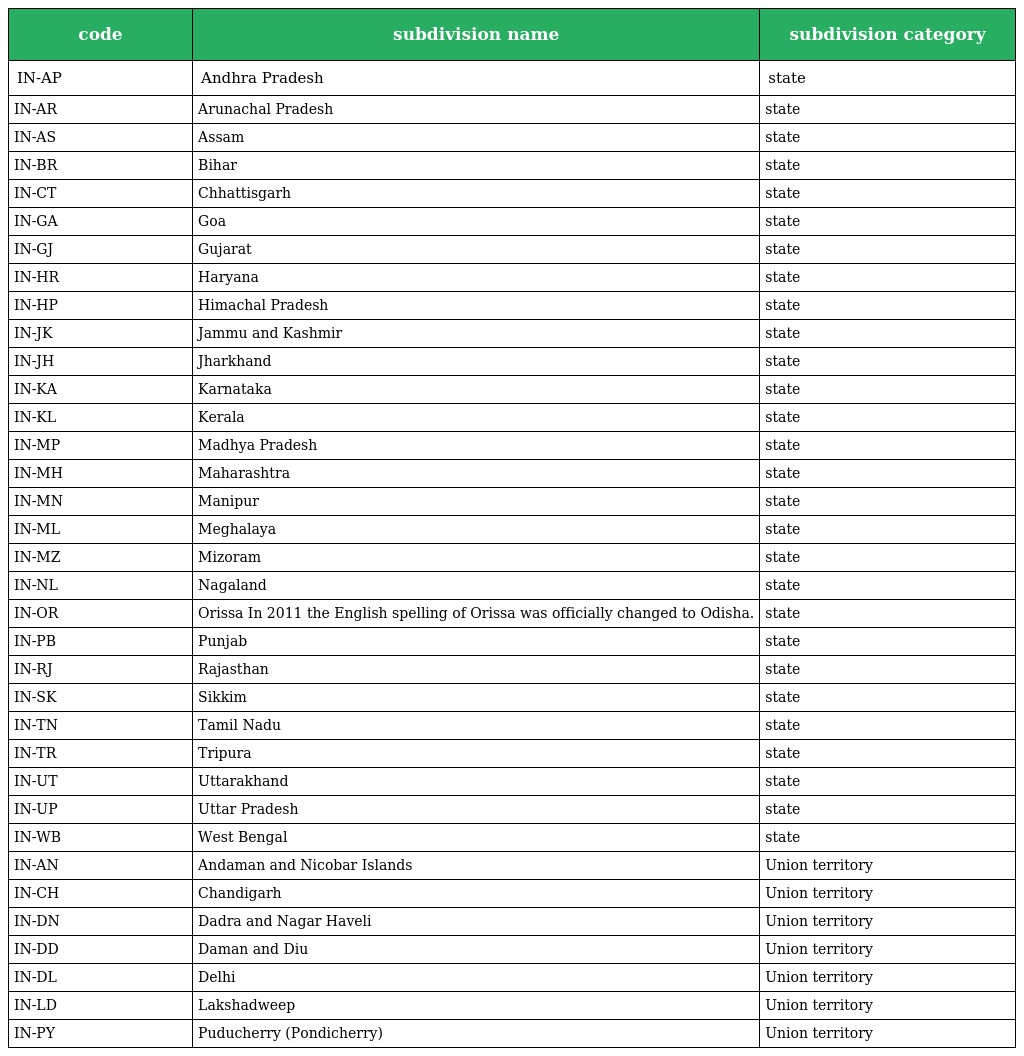
| code | subdivision name | subdivision category |
 | --- | --- | --- |
 | IN-AP | Andhra Pradesh | state |
 | IN-AR | Arunachal Pradesh | state |
 | IN-AS | Assam | state |
 | IN-BR | Bihar | state |
 | IN-CT | Chhattisgarh | state |
 | IN-GA | Goa | state |
 | IN-GJ | Gujarat | state |
 | IN-HR | Haryana | state |
 | IN-HP | Himachal Pradesh | state |
 | IN-JK | Jammu and Kashmir | state |
 | IN-JH | Jharkhand | state |
 | IN-KA | Karnataka | state |
 | IN-KL | Kerala | state |
 | IN-MP | Madhya Pradesh | state |
 | IN-MH | Maharashtra | state |
 | IN-MN | Manipur | state |
 | IN-ML | Meghalaya | state |
 | IN-MZ | Mizoram | state |
 | IN-NL | Nagaland | state |
 | IN-OR | Orissa In 2011 the English spelling of Orissa was officially changed to Odisha. | state |
 | IN-PB | Punjab | state |
 | IN-RJ | Rajasthan | state |
 | IN-SK | Sikkim | state |
 | IN-TN | Tamil Nadu | state |
 | IN-TR | Tripura | state |
 | IN-UT | Uttarakhand | state |
 | IN-UP | Uttar Pradesh | state |
 | IN-WB | West Bengal | state |
 | IN-AN | Andaman and Nicobar Islands | Union territory |
 | IN-CH | Chandigarh | Union territory |
 | IN-DN | Dadra and Nagar Haveli | Union territory |
 | IN-DD | Daman and Diu | Union territory |
 | IN-DL | Delhi | Union territory |
 | IN-LD | Lakshadweep | Union territory |
 | IN-PY | Puducherry (Pondicherry) | Union territory |